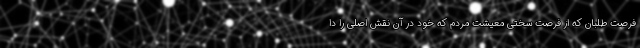
فرصت طلبان که از فرصت سختی معیشت مردم که خود در آن نقش اصلی را دا